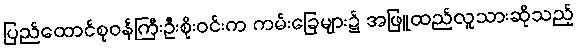
ပြည်ထောင်စုဝန်ကြီးဦးစိုးဝင်းက ကမ်းခြေများ၌ အဖြူထည်လူသားဆိုသည့်